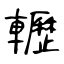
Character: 轣